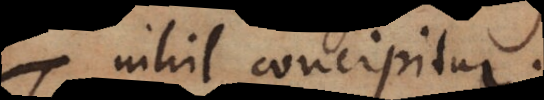
nihil concipitur.